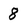
Character: 8